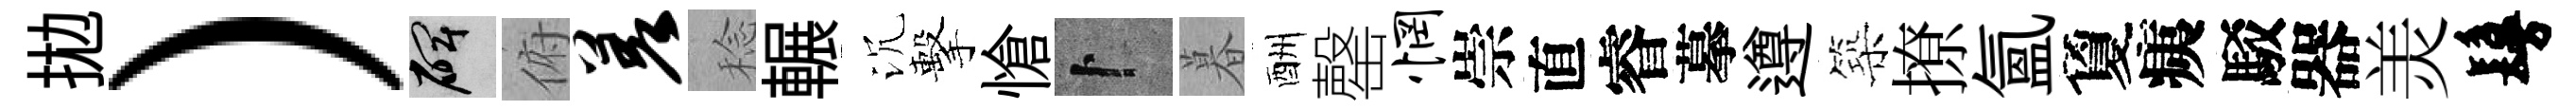
拋）碑俯差稔輾沉擊愴卜暮酬罄惘崇直睿摹遵築撩氳夐痍駁器羙鬘